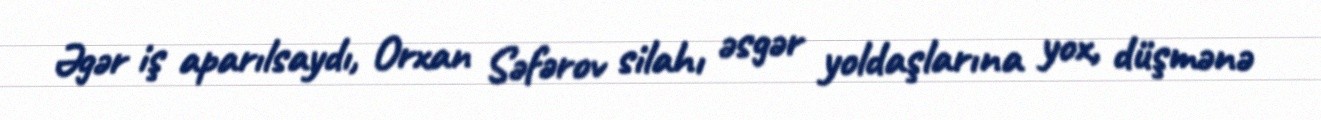
Əgər iş aparılsaydı, Orxan Səfərov silahı əsgər yoldaşlarına yox, düşmənə